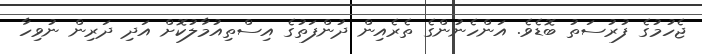
ޖެހުމުގެ ފުރުސަތު ބޮޑެވެ. އަންހެނުންގެ ތެރެއިން ދުންފަތުގެ އިސްތިއުމާލުކޮށް އަދި ދަރިން ނުވިހާ